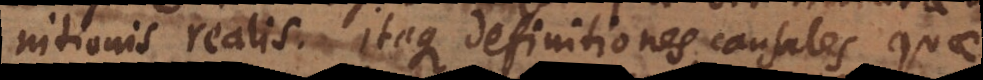
initionis realis. Itaque definitiones causales, quae